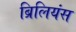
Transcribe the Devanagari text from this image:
ब्रिलियंस